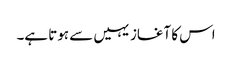
اس کا آغاز یہیں سے ہوتا ہے۔